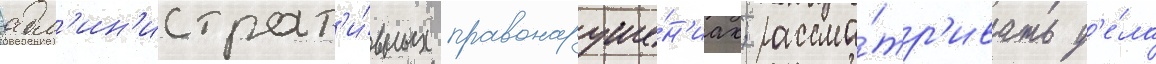
адм'ин'истрат'и́вных правонаруше́н'иах; рассма́тр'ивать д'е́ла